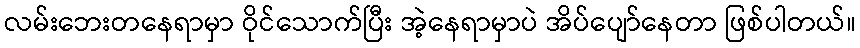
လမ်းဘေးတနေရာမှာ ဝိုင်သောက်ပြီး အဲ့နေရာမှာပဲ အိပ်ပျော်နေတာ ဖြစ်ပါတယ်။